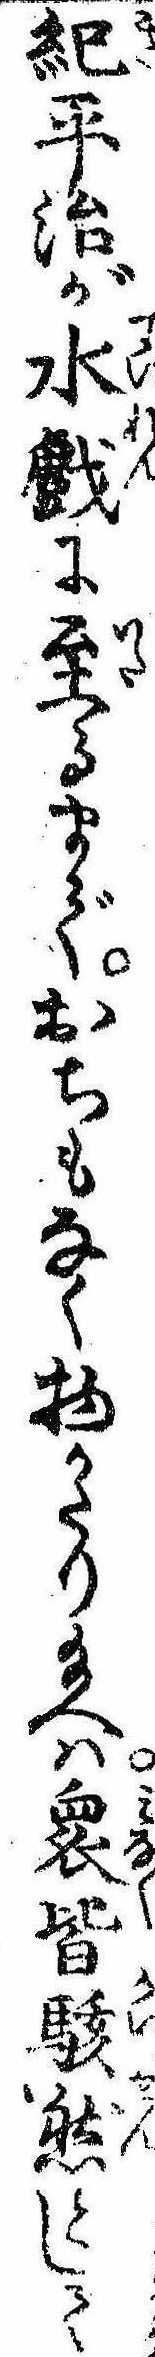
紀平治が水戯に至るまでおちもなく物かたり給へは衆皆駭然として